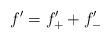
LaTeX: \begin{align*} f' = f'_+ + f'_-\end{align*}